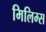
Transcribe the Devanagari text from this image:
मिलिम्स